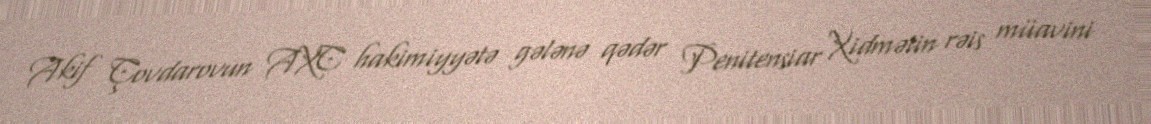
Akif Çovdarovun AXC hakimiyyətə gələnə qədər Penitensiar Xidmətin rəis müavini